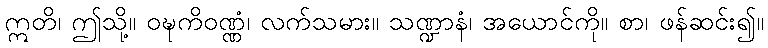
ဣတိ၊ ဤသို့။ ဝဍ္ဎကိဝဏ္ဏံ၊ လက်သမား။ သဏ္ဍာနံ၊ အယောင်ကို။ စာ၊ ဖန်ဆင်း၍။